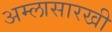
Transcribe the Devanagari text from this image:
अम्लासारखी